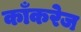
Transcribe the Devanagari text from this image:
काँकरेज